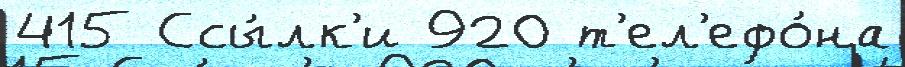
415 Ссы́лк'и 920 т'ел'ефо́на